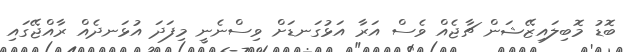
ބޮޑު މޮބިލައިޒޭޝަން ޗާޖެއް ވެސް އަރާ އަޅުގަނޑަށް ވިސްނެނީ މިފަދަ އުޅަނދެއް ރާއްޖޭގައި